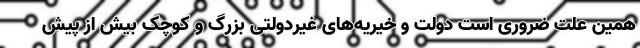
همین علّت ضروری است دولت و خیریه‌های غیردولتی بزرگ و کوچک بیش از پیش